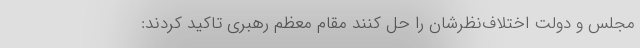
مجلس و دولت اختلاف‌نظرشان را حل کنند مقام معظم رهبری تاکید کردند: